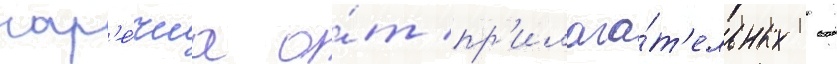
нар'е́чиа о́т пр'илага́т'ельных -